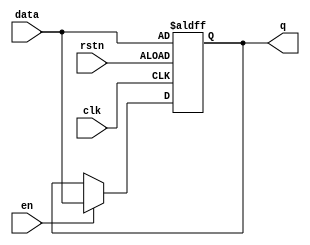
`timescale 1 ns/1 ns


module register( data, en, clk, rstn, q );
	input   [7:0] data;
	input   en, clk;
    input   rstn;
    output  [7:0] q;
    reg		[7:0] q;
	
	always@(posedge clk or negedge rstn)
	begin
		if(!rstn)
			q <= data;
		else if(en)
			q <= data;
			else
			q <= q;
	
	
	end
	
	endmodule